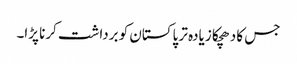
جس کا دھچکا زیادہ تر پاکستان کو برداشت کرنا پڑا۔